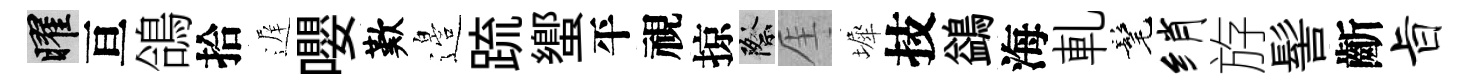
曜亘鴿拾遅嚶歎邉䟽蠁平視掠際厓墀技鷁海軋髦绡斿髻齗旨